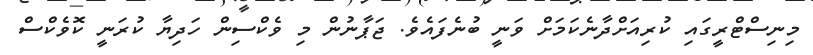
މިނިސްޓްރީގައި ކުރިއަށްދާނެކަމަށް ވަނީ ބުނެފައެވެ. ޖަޕާނުން މި ވެކްސިން ހަދިޔާ ކުރަނީ ކޮވެކްސް